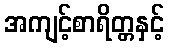
အကျင့်စာရိတ္တနှင့်